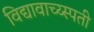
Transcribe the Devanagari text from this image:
विद्यावाच्य्स्पती